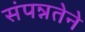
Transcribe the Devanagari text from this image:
संपन्नतेने